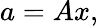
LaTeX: a=Ax,